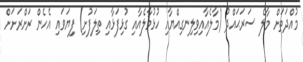
މުއްދަތަށް މާލެ ސަރަޙައްދު (މާލެއާއިވިލިނގިއްޔާއި ހުޅުމާލެއާއި ގުޅިފަޅާއި ތިލަފުށި) ފިޔަވައި އެހެން ރަށްރަށަށް